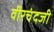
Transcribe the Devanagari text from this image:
वीरचंदजी